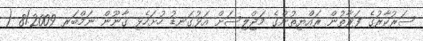
ސަރުކާރުގެ ފަރާތުން ރައްޔިތުންގެ މަޖްލިސަށް އަޅުގަނޑު ހުށަހެޅި ޤާނޫން ނަމްބަރ 8/2009 (